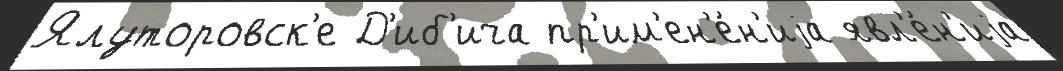
Ялуторовск'е Д'иб'ича пр'им'ен'е́н'иjа явл'е́н'иjа